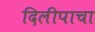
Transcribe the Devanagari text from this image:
दिलीपाचा